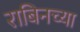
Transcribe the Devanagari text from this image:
राबिनच्या